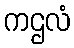
ကဌလံ